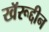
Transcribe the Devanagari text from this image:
खॅरूद्दीन